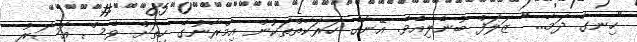
"ހިނގާ ދަމާ..." ޒަލަފް ބުނެލިއެވެ. އޭނާގެ ހަރަކާތްތަކުން އިމްރާނުގެ ހިތަށް ވެސް އަސަރު